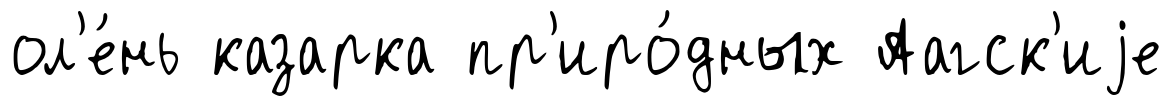
ол'е́нь казарка пр'иро́дных Аагск'иjе